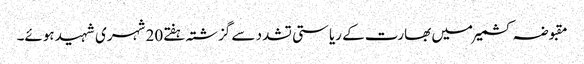
مقبوضہ کشمیرمیں بھارت کے ریاستی تشدد سے گزشتہ ہفتے20 شہری شہید ہوئے۔